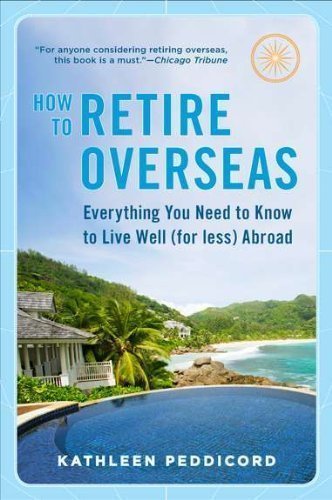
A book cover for How to Retire Overseas: Everything You Need to Know to Live Well (for Less) Abroad by Kathleen Peddicord (Mar 29 2011); Travel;